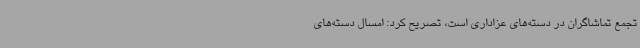
تجمع تماشاگران در دسته‌های عزاداری است، تصریح کرد: امسال دسته‌های